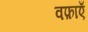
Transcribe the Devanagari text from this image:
वफ़ाएँ